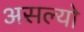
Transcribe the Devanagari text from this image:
असल्याे